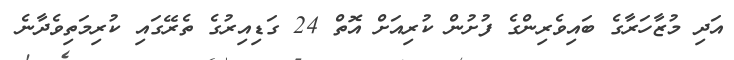
އަދި މުޒާހަރާގެ ބައިވެރިންގެ ފުށުން ކުރިއަށް އޮތް 24 ގަޑިއިރުގެ ތެރޭގައި ކުރިމަތިވެދާނެ